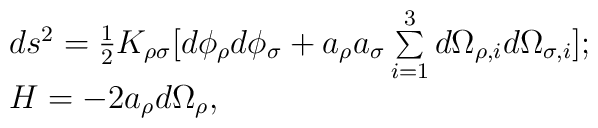
\begin{array}{lcr}ds^2= {1\over2}K_{\rho\sigma}[d\phi_\rho d\phi_\sigma+a_\rho a_\sigma \sum\limits_{i=1}^3 d\Omega_{\rho,i} d\Omega_{\sigma,i}];\\H=-2a_\rho d\Omega_\rho,\end{array}